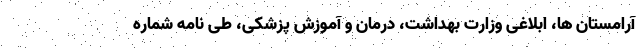
آرامستان ها، ابلاغی وزارت بهداشت، درمان و آموزش پزشکی، طی نامه شماره